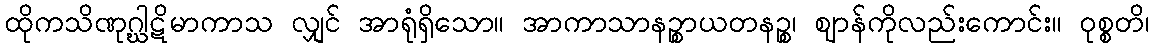
ထိုကသိဏုဂ္ဃါဋိမာကာသ လျှင် အာရုံရှိသော။ အာကာသာနဉ္စာယတနဉ္စ၊ ဈာန်ကိုလည်းကောင်း။ ဝုစ္စတိ၊